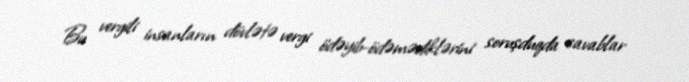
Bu vergili insanların dövlətə vergi ödəyib-ödəmədiklərini soruşduqda cavablar